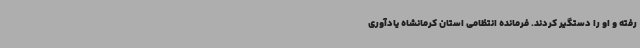
رفته و او را دستگیر کردند. فرمانده انتظامی استان کرمانشاه یادآوری